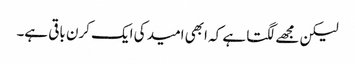
لیکن مجھے لگتا ہے کہ ابھی امید کی ایک کرن باقی ہے۔